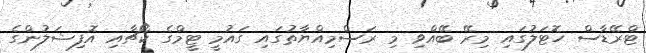
ޓްރޭޑާސް ހޮޓަލުގައި މިރޭ ބޭއްވި މި ރަސްމިއްޔާތުގައި ގައުމީ ޓީމްގެ ކޯޗާއި އޮފިޝަލުންގެ